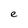
Character: e